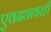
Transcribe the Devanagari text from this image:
एवढ्यावरही